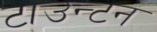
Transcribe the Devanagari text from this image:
टाउन्टन